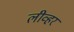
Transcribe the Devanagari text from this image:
लीव्हर